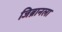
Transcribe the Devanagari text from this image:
जिब्रानला